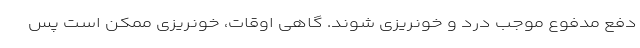
دفع مدفوع موجب درد و خونریزی شوند. گاهی اوقات، خونریزی ممکن است پس